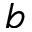
b